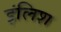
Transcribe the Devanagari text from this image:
इंलिश